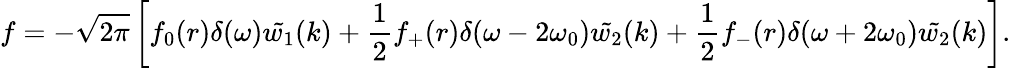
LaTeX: f=-\sqrt{2\pi}\left[f_{0}(r)\delta(\omega)\tilde{w_{1}}(k)+\frac{1}{2}f_{+}(r)\delta(\omega-2\omega_{0})\tilde{w_{2}}(k)+\frac{1}{2}f_{-}(r)\delta(\omega+2\omega_{0})\tilde{w_{2}}(k)\right].